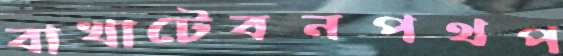
বাখাটেবনপথপ